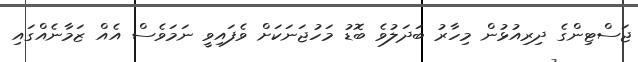
ޖަސްޓިންގެ ދިރިއުޅުން މިހާރު ބަދަލުވެ ބޮޑު މަހުޖަނަކަށް ވެފައިވީ ނަމަވެސް އެއް ޒަމާނެއްގައި